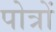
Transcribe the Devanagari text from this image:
पोत्रों